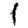
Digit: 1